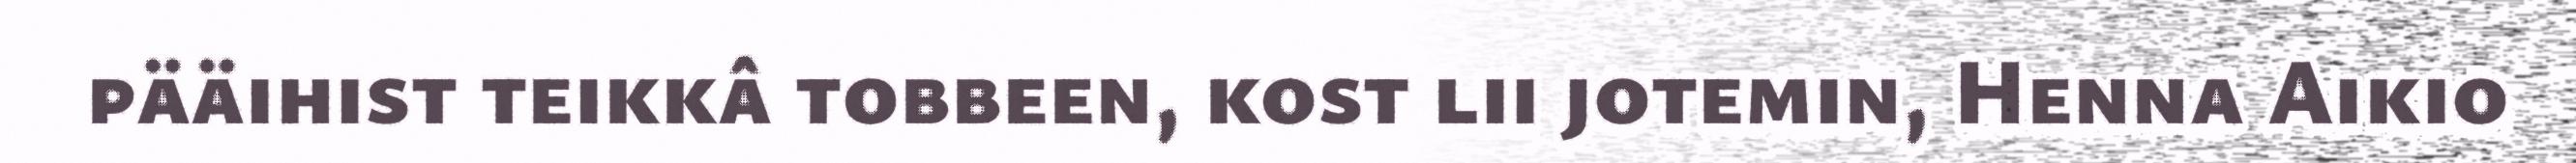
pääihist teikkâ tobbeen, kost lii jotemin, Henna Aikio